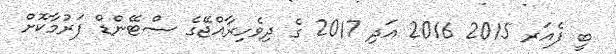
ބީ ފެއަރ 2015 2016 އަދި 2017 ގެ ދިވެހިރާއްޖޭގެ ސްޓޭންޑް ފަރުމާކޮށް